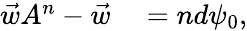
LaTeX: \begin{array}{rl}{\vec{w}A^{n}-\vec{w}}&{{}=nd\psi_{0},}\end{array}